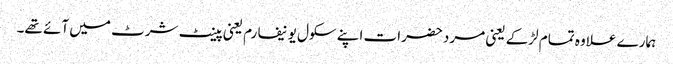
ہمارے علاوہ تمام لڑکے یعنی مرد حضرات اپنے سکول یونیفارم یعنی پینٹ شرٹ میں آئے تھے۔